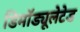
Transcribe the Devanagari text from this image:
डिमॉड्यूलेटेड